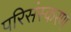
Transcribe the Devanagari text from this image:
परिसंस्करण